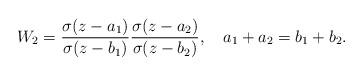
LaTeX: \begin{align*}W_{2}=\frac{\sigma(z-a_{1})}{\sigma(z-b_{1})}\frac{\sigma(z-a_{2})}{\sigma(z-b_{2})}, \quad a_{1}+a_{2}=b_{1}+b_{2}. \end{align*}